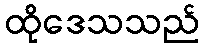
ထိုဒေသသည်